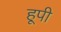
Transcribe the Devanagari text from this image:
हूपी